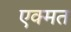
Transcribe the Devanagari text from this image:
एक्मत